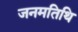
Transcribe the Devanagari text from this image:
जनमतिथि